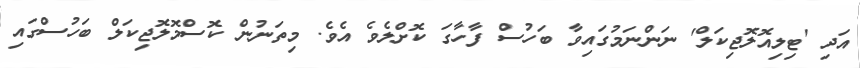
އަދި 'ޓިލިއޮލޮޖިކަލް' ނަންނަމުގައިވާ ބަހުސް ފާހާގަ ކޮށްލެވެ އެވެ. މިތަނުން ކޮސްމޮލޮޖިކަލް ބަހުސްގައި